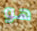
هو